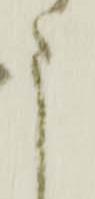
申